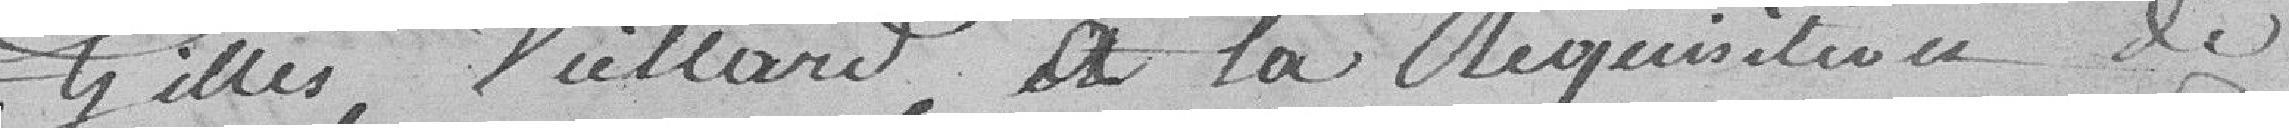
Gilles, Viellard, à la réquisition de